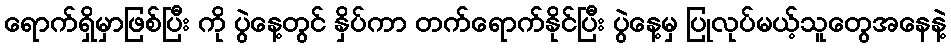
ရောက်ရှိမှာဖြစ်ပြီး ကို ပွဲနေ့တွင် နှိပ်ကာ တက်ရောက်နိုင်ပြီး ပွဲနေ့မှ ပြုလုပ်မယ့်သူတွေအနေနဲ့